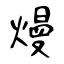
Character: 熳